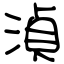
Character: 湞